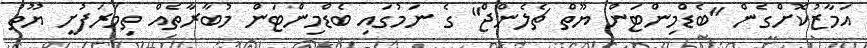
އަމާޒުކޮށްގެން "ބެޑްމިންޓަން ޔޫތް ޗެލެންޖް" ގެ ނަމުގައި ބެޑްމިންޓަން މުބާރާތެއް ތިމަރަފުށީ ޔޫތު